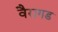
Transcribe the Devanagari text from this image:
वैरागड